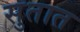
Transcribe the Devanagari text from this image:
सुतात